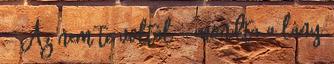
- Az nem te voltál - mondta a lány